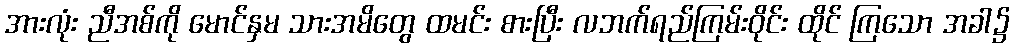
အားလုံး ညီအစ်ကို မောင်နှမ သားအမိတွေ ထမင်း စားပြီး လဘက်ရည်ကြမ်းဝိုင်း ထိုင် ကြသော အခါ၌